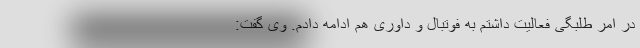
در امر طلبگی فعالیت داشتم به فوتبال و داوری هم ادامه دادم. وی گفت: